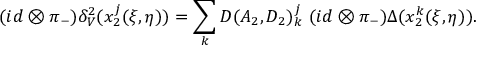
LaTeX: ( i d \otimes \pi _ { - } ) \delta _ { V } ^ { 2 } ( x _ { 2 } ^ { j } ( \xi , \eta ) ) = \sum _ { k } { \cal D } ( A _ { 2 } , D _ { 2 } ) _ { k } ^ { j } \ ( i d \otimes \pi _ { - } ) \Delta ( x _ { 2 } ^ { k } ( \xi , \eta ) ) .